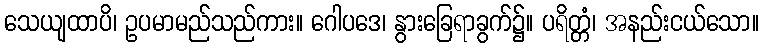
သေယျထာပိ၊ ဥပမာမည်သည်ကား။ ဂေါပဒေ၊ နွားခြေရာခွက်၌။ ပရိတ္တံ၊ အနည်းငယ်သော။